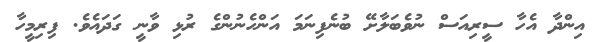
އިންދާ އެހާ ސީރިއަސް ނުވެބަލާށޭ ބުނެފިނަމަ އަންހެނުންގެ ރުޅި ވާނީ ގަދައެވެ. ފިރިމީހާ